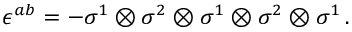
\epsilon ^ { a b } = - \sigma ^ { 1 } \otimes \sigma ^ { 2 } \otimes \sigma ^ { 1 } \otimes \sigma ^ { 2 } \otimes \sigma ^ { 1 } \, .